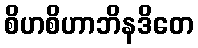
စိဟစိဟာဘိနဒိတေ